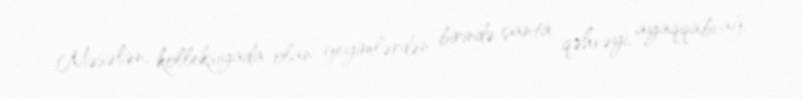
Məsələn, kolleksiyada olan geyimlərdən birində çanta qəhvəyi, ayaqqabı ağ,